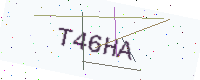
Text: T46HA